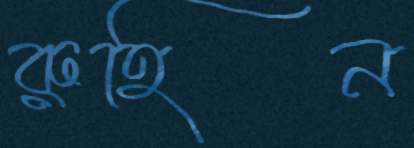
রুহিন